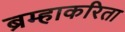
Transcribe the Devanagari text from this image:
ब्रम्हाकरिता